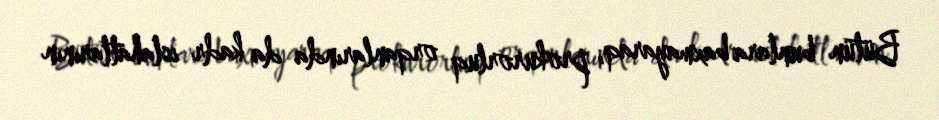
Bütün bunlara baxmayaraq, prokurorluq orqanlarında da kadr islahatlarının